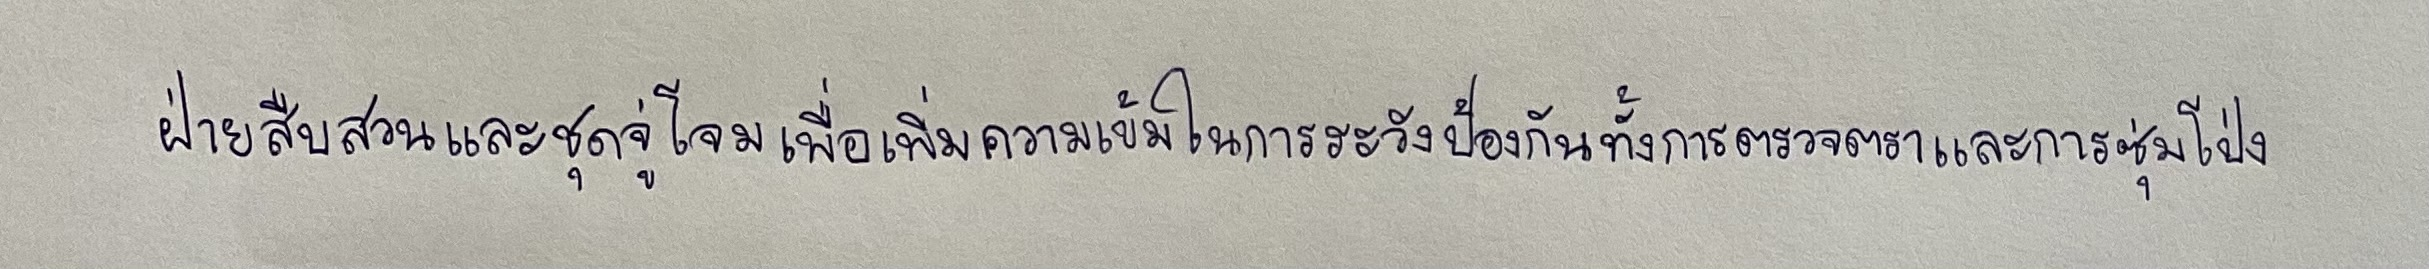
ฝ่ายสืบสวนและชุดจู่โจมเพื่อเพิ่มความเข้มในการระวังป้องกันทั้งการตรวจตราและการซุ่มโป่ง